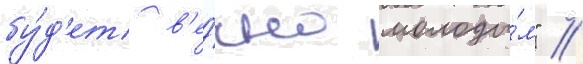
бу́д'ет в'е́чно молоды́м" //